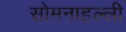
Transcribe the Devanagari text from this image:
सोमनाहल्ली